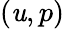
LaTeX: (\mathit{u},p)